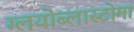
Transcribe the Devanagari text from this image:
ग्लयोब्लास्टोमा